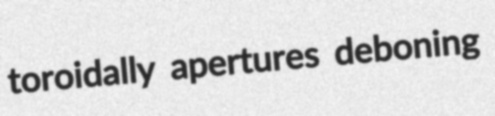
toroidally apertures deboning